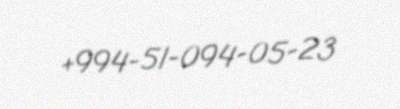
+994-51-094-05-23